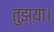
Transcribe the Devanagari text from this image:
तुझ्या।